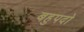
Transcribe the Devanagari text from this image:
बहुपदो